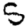
Digit: 5